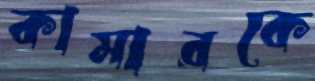
কামারকে